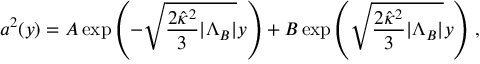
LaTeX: a ^ { 2 } ( y ) = A \exp \left( { - \sqrt { \frac { 2 \hat { \kappa } ^ { 2 } } { 3 } | \Lambda _ { B } | } y } \right) + B \exp \left( { \sqrt { \frac { 2 \hat { \kappa } ^ { 2 } } { 3 } | \Lambda _ { B } | } y } \right) \, ,